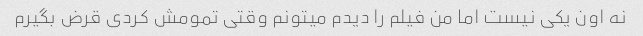
نه اون یکی نیست اما من فیلم را دیدم میتونم وقتی تمومش کردی قرض بگیرم